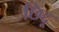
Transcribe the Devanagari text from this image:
छिद्दू